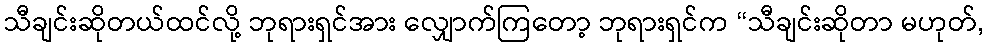
သီချင်းဆိုတယ်ထင်လို့ ဘုရားရှင်အား လျှောက်ကြတော့ ဘုရားရှင်က “သီချင်းဆိုတာ မဟုတ်,